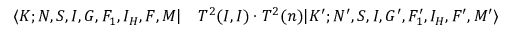
\begin{array} { r l } { \langle K ; N , S , I , G , F _ { 1 } , I _ { H } , F , M | } & { { } T ^ { 2 } ( I , I ) \cdot T ^ { 2 } ( n ) | K ^ { \prime } ; N ^ { \prime } , S , I , G ^ { \prime } , F _ { 1 } ^ { \prime } , I _ { H } , F ^ { \prime } , M ^ { \prime } \rangle } \end{array}